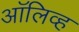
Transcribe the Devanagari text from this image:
अाॅलिव्ह